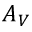
A _ { V }